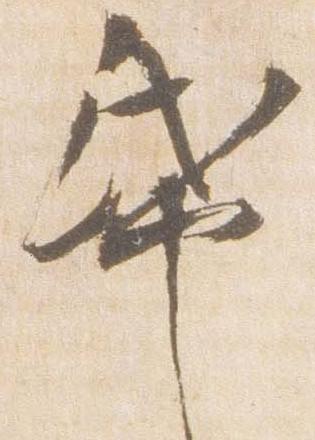
帋